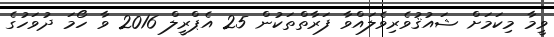
ވީމާ މިކަމަށް ޝައުޤުވެރިވެލައްވާ ފަރާތްތަކުން 25 އެޕްރީލް 2016 ވާ ހޯމަ ދުވަހުގެ